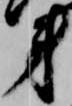
第